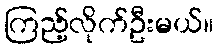
ကြည့်လိုက်ဦးမယ်။